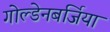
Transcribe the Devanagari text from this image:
गोल्डेनबर्जिया